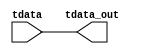
module tdata_design_1_axis_broadcaster_0_0 #
  (
   parameter C_S_AXIS_TDATA_WIDTH = 8,
   parameter C_M_AXIS_TDATA_WIDTH = 8
  )
  (
   input  wire [C_S_AXIS_TDATA_WIDTH-1:0] tdata,
   output wire [C_M_AXIS_TDATA_WIDTH-1:0] tdata_out
  );
  assign tdata_out = {tdata[7:0],tdata[7:0]};
endmodule